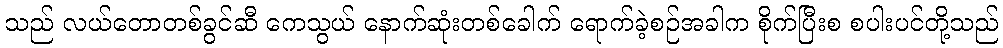
သည် လယ်တောတစ်ခွင်ဆီ ကေသွယ် နောက်ဆုံးတစ်ခေါက် ရောက်ခဲ့စဉ်အခါက စိုက်ပြီးစ စပါးပင်တို့သည်